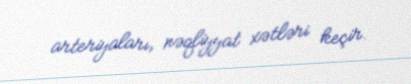
arteriyaları, nəqliyyat xətləri keçir.